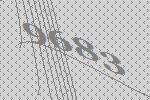
9683